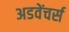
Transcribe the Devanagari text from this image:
अडवेंचर्स